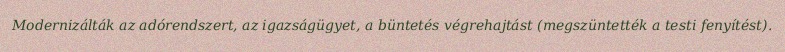
Modernizálták az adórendszert, az igazságügyet, a büntetés végrehajtást (megszüntették a testi fenyítést).